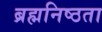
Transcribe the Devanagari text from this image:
ब्रह्मनिष्ठता